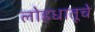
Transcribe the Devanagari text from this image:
लोहधातूचे